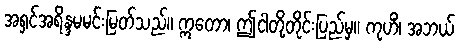
အရှင်အရိန္ဒမမင်းမြတ်သည်။ ဣတော၊ ဤငါတို့တိုင်းပြည်မှ။ ကုဟိံ၊ အဘယ်